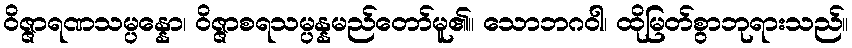
ဝိဇ္ဇာရဏသမ္ပန္နော၊ ဝိဇ္ဇာစရသမ္ပန္နမည်တော်မူ၏။ သောဘဂဝါ၊ ထိုမြတ်စွာဘုရားသည်။